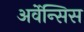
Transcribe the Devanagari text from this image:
अर्वेन्सिस